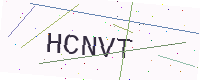
Text: HCNVT